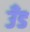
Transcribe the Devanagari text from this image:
उँड